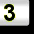
Digit: 3